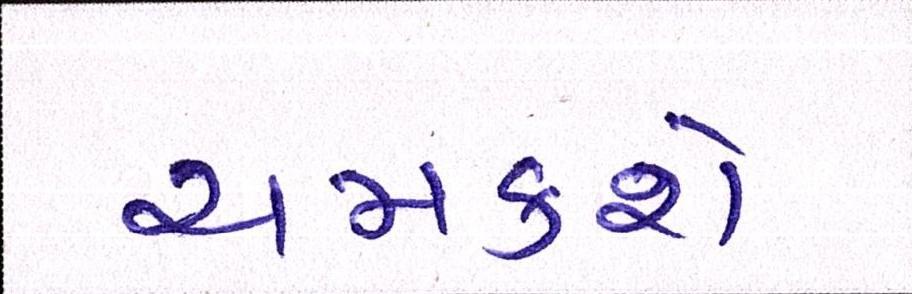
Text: ચમકશે